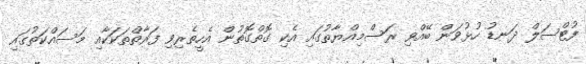
ފުޓްސަލް ދަނޑު ހުޅުވަން ބޭއްވި ރަސްމިއްޔާތުގައި އެކި ގޮތްގޮތުން އެހީތެރިވި ފަރާތްތަކަކާއި މަސައްކަތުގައި